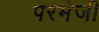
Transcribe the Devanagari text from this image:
परमेजी